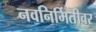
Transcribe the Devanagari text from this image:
नवनिर्मितीवर